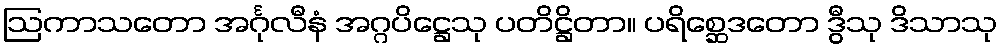
ဩကာသတော အင်္ဂုလီနံ အဂ္ဂပိဋ္ဌေသု ပတိဋ္ဌိတာ။ ပရိစ္ဆေဒတော ဒွီသု ဒိသာသု